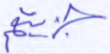
جزيتهم